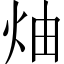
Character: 𱪳